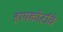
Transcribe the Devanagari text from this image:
हायकोर्टाचे